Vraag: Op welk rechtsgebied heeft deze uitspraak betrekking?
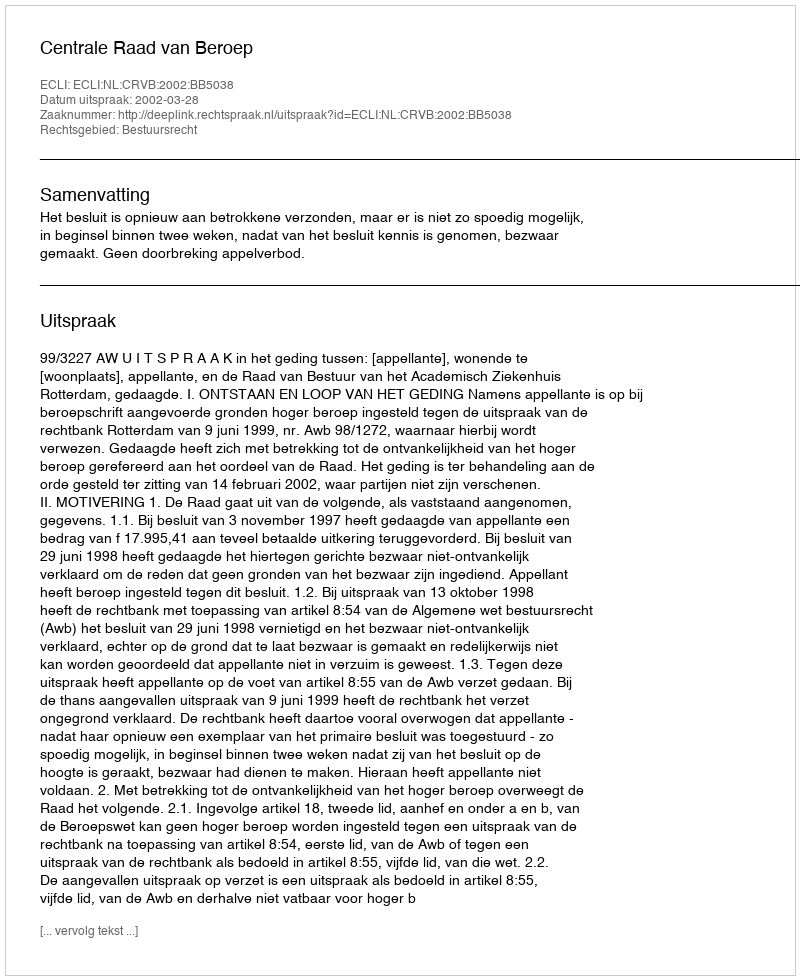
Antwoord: Bestuursrecht